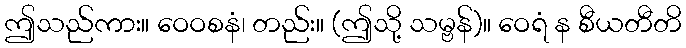
ဤသည်ကား။ ဝေဝစနံ၊ တည်း။ (ဤသို့ သမ္ဗန်)။ ဝေရံ န စီယတီတိ